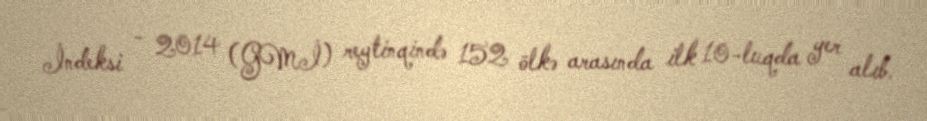
İndeksi - 2014 (GMİ) reytinqində 152 ölkə arasında ilk 10-luqda yer alıb.